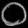
Digit: ၀